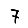
Digit: 7